Vaccination in Bombay 1869-1873 - 1869-1873
Year: 1869
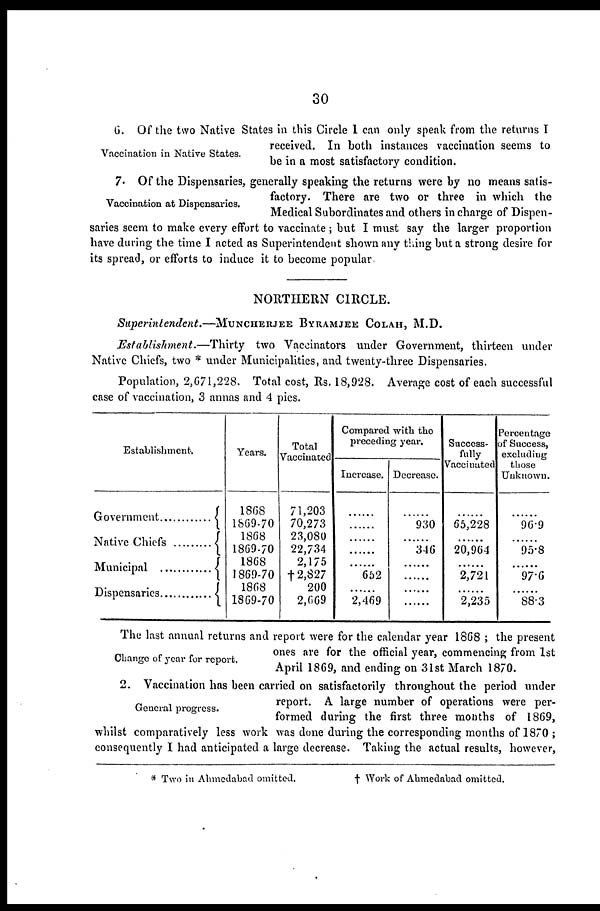
30
Vaccination in Native States.
6. Of the two Native States in this Circle I can only speak from the returns I
received. In both instances vaccination seems to
be in a most satisfactory condition.
Vaccination at Dispensaries.
7. Of the Dispensaries, generally speaking the returns were by no means satis-
factory. There are two or three in which the
Medical Subordinates and others in charge of Dispen-
saries seem to make every effort to vaccinate ; but I must say the larger proportion
have during the time I acted as Superintendent shown any thing but a strong desire for
its spread, or efforts to induce it to become popular
NORTHERN CIRCLE.
Superintendent.—MUNCHERJEE
BYRAMJEE COLAH, M.D.
Establishment.—Thirty two Vaccinators under Government, thirteen under
Native Chiefs, two * under Municipalities, and twenty-three Dispensaries.
Population, 2,671,228. Total cost, Rs. 18,928. Average cost of each successful
case of vaccination, 3 annas and 4 pies.
Establishment.
Government ...........
Native Chiefs
Municipal ............
Dispensaries
Years.
1868
1869-70
1868
1869-70
1868
1869-70
1868
1869-70
Total
Vaccinated
71,203
70,273
23,080
22,734
2,175
†2,827
200
2,669
Compared with the
preceding year.
Increase.
......
......
......
......
......
652
......
2,469
Decrease.
......
930
......
346
......
......
......
......
Success-
fully
Vaccinated
......
65,228
......
20,964
......
2,721
......
2,235
Percentage
of Success,
excluding
those
Unknown.
......
96.9
......
95.8
......
97.6
......
88.3
Change of year for report.
The last annual returns and report were for the calendar year 1868 ; the present
ones are for the official year, commencing from 1st
April 1869, and ending on 31st March 1870.
General progress.
2. Vaccination has been carried on satisfactorily throughout the period under
report. A large number of operations were per-
formed during the first three months of 1869,
whilst comparatively less work was done during the corresponding months of 1870 ;
consequently I had anticipated a large decrease. Taking the actual results, however,
* Two in Ahmedabad omitted.
† Work of Ahmedabad omitted.